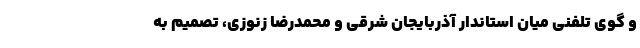
و گوی تلفنی میان استاندار آذربایجان شرقی و محمدرضا زنوزی، تصمیم به